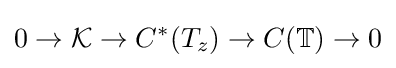
0\rightarrow {\mathcal {K}}\;{\rightarrow }\;C^{*}(T_{z})\;{\rightarrow }\;C(\mathbb {T} )\rightarrow 0